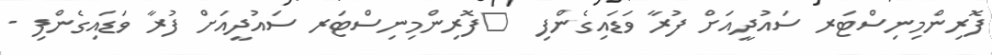
ފޮރިންމިނިސްޓަރ ސައުދީއަށް ފުރާ ވަޑައިގެންފި  	ފޮރިންމިނިސްޓަރ ސައުދީއަށް ފުރާ ވަޑައިގެންފި -